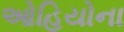
ઓહિયોના